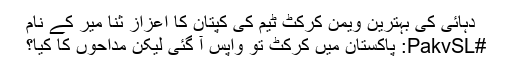
دہائی کی بہترین ویمن کرکٹ ٹیم کی کپتان کا اعزاز ثنا میر کے نام
#PakvSL: پاکستان میں کرکٹ تو واپس آ گئی لیکن مداحوں کا کیا؟